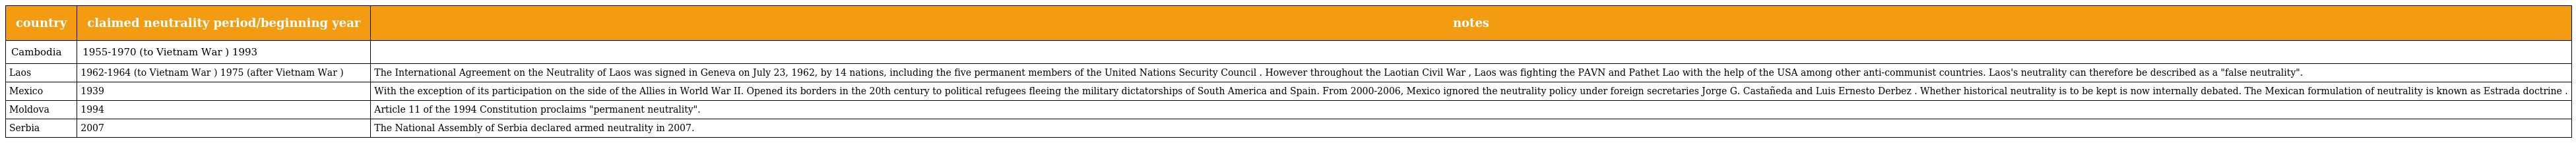
| country | claimed neutrality period/beginning year | notes |
 | --- | --- | --- |
 | Cambodia | 1955-1970 (to Vietnam War ) 1993 |  |
 | Laos | 1962-1964 (to Vietnam War ) 1975 (after Vietnam War ) | The International Agreement on the Neutrality of Laos was signed in Geneva on July 23, 1962, by 14 nations, including the five permanent members of the United Nations Security Council . However throughout the Laotian Civil War , Laos was fighting the PAVN and Pathet Lao with the help of the USA among other anti-communist countries. Laos's neutrality can therefore be described as a "false neutrality". |
 | Mexico | 1939 | With the exception of its participation on the side of the Allies in World War II. Opened its borders in the 20th century to political refugees fleeing the military dictatorships of South America and Spain. From 2000-2006, Mexico ignored the neutrality policy under foreign secretaries Jorge G. Castañeda and Luis Ernesto Derbez . Whether historical neutrality is to be kept is now internally debated. The Mexican formulation of neutrality is known as Estrada doctrine . |
 | Moldova | 1994 | Article 11 of the 1994 Constitution proclaims "permanent neutrality". |
 | Serbia | 2007 | The National Assembly of Serbia declared armed neutrality in 2007. |